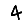
Digit: 4